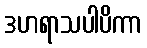
ဒဟရာသပါပိကာ